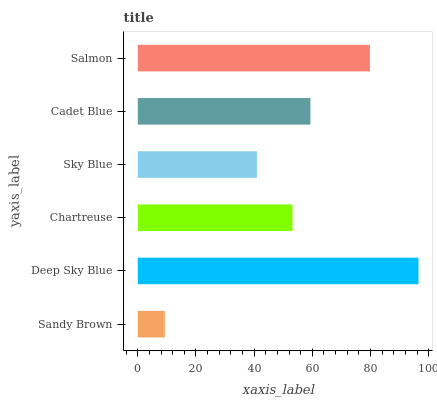
| yaxis_label | bars |
 | --- | --- |
 | Sandy Brown | 9.31 |
 | Deep Sky Blue | 96.5 |
 | Chartreuse | 53.2 |
 | Sky Blue | 41 |
 | Cadet Blue | 59.3 |
 | Salmon | 79.8 |